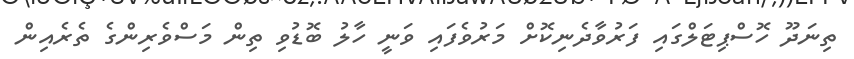
ތިނަދޫ ހޮސްޕިޓަލްގައި ފަރުވާދެނިކޮށް މަރުވެފައި ވަނީ ހާލު ބޮޑުވި ތިން މަސްވެރިންގެ ތެރެއިން